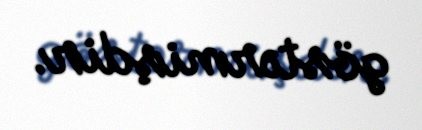
göstərmişdir.